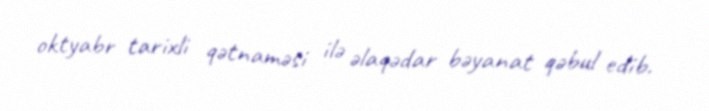
oktyabr tarixli qətnaməsi ilə əlaqədar bəyanat qəbul edib.